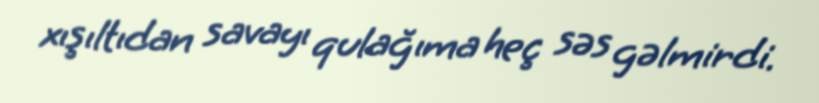
xışıltıdan savayı qulağıma heç səs gəlmirdi.